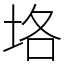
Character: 垎